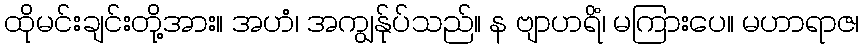
ထိုမင်းချင်းတို့အား။ အဟံ၊ အကျွန်ုပ်သည်။ န ဗျာဟရိံ၊ မကြားပေ။ မဟာရာဇ၊